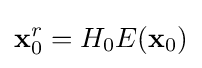
{\mathbf {x} }_{0}^{r}=H_{0}E({\mathbf {x} }_{0})